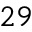
^ { 2 9 }